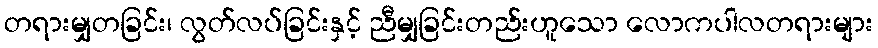
တရားမျှတခြင်း၊ လွတ်လပ်ခြင်းနှင့် ညီမျှခြင်းတည်းဟူသော လောကပါလတရားများ